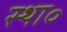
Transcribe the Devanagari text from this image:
स्था॰